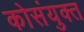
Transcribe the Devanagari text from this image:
कोसंयुक्त